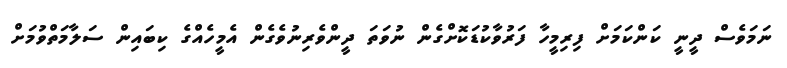
ނަމަވެސް ދީނީ ކަންކަމަށް ފިރިމީހާ ފަރުވާކުޑަކޮށްގެން ނުވަތަ ދީންވެރިނުވެގެން އެމީހެއްގެ ކިބައިން ސަލާމަތްވުމަށް